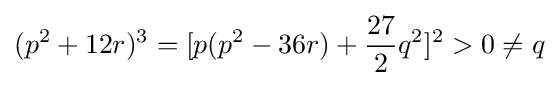
(p^{2}+12r)^{3}=[p(p^{2}-36r)+{\frac {27}{2}}q^{2}]^{2}>0\neq {q}